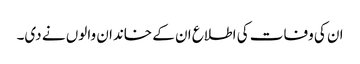
ان کی وفات کی اطلاع ان کے خاندان والوں نے دی۔